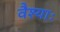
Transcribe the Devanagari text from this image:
वैश्याः